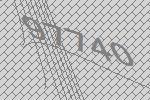
97740